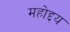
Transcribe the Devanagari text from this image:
महोद्दय